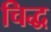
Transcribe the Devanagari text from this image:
चिद्ध